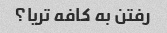
رفتن به کافه تریا؟